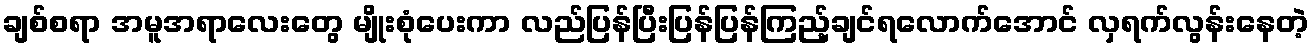
ချစ်စရာ အမူအရာလေးတွေ မျိုးစုံပေးကာ လည်ပြန်ပြီးပြန်ပြန်ကြည့်ချင်ရလောက်အောင် လှရက်လွန်းနေတဲ့